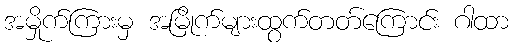
အမှိုက်ကြားမှ အမြိုက်များထွက်တတ်ကြောင်း ဂါထာ